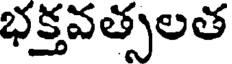
భక్తవత్సలత